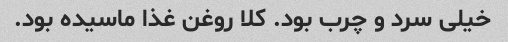
خیلی سرد و چرب بود. کلا روغن غذا ماسیده بود.